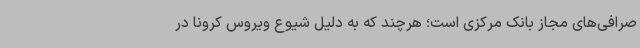
صرافی‌های مجاز بانک مرکزی است؛ هرچند که به دلیل شیوع ویروس کرونا در